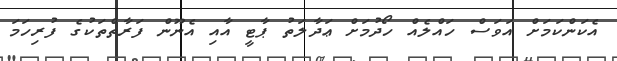
އެކަންކަމަށް އަވަސް ހައްލެއް ހޯދުމަށް ޢަދާލަތު ޕާޓީ އާއި އެނޫން ފަރާތްތަކުގެ ފުރިހަމަ